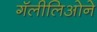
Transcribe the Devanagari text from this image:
गॅलीलिओने